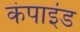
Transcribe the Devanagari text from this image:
कंपाइंड